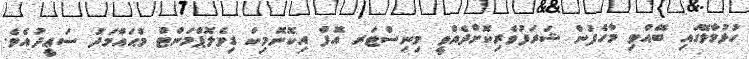
ހުޅުމާލޭގައި ބޭއްވި މާހެފުން ޝަރަފުވެރިކޮށްދެއްވީ މިނިސްޓަރ އޮފް އިކޮނޮމިކް ޑިވެލޮޕްމަންޓް މުޙައްމަދު ސަޢީދުއެވެ.